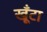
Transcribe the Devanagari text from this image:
खूँटा